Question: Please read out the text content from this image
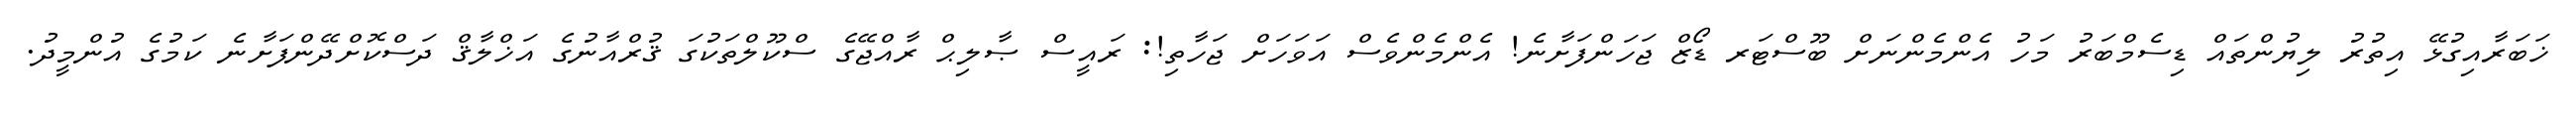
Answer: ޚަބަރާއިގުޅޭ އިތުރު ލިޔުންތައް ޑިސެމްބަރު މަހު އެންމެންނަށް ބޫސްޓަރ ޑޯޒް ޖަހަންފަށާނެ! އެންމެންވެސް އަވަހަށް ޖަހާތި!: ރައީސް ޞާލިޙް ރާއްޖޭގެ ސްކޫލްތަކުގަ ޤުރްއާނުގެ އަޚްލާޤް ދަސްކޮށްދޭންފަށާނެ ކަމުގެ އުންމީދު.